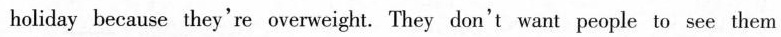
holiday because they're overweight. They don't want people to see them